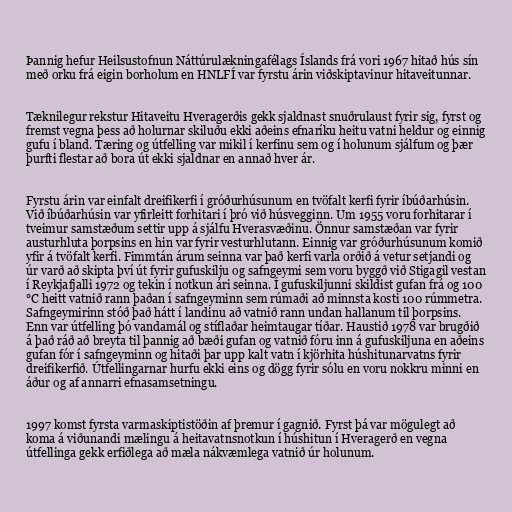
Þannig hefur Heilsustofnun Náttúrulækningafélags Íslands frá vori 1967 hitað hús sín
með orku frá eigin borholum en HNLFÍ var fyrstu árin viðskiptavinur hitaveitunnar.

Tæknilegur rekstur Hitaveitu Hveragerðis gekk sjaldnast snuðrulaust fyrir sig, fyrst og
fremst vegna þess að holurnar skiluðu ekki aðeins efnaríku heitu vatni heldur og einnig
gufu í bland. Tæring og útfelling var mikil í kerfinu sem og í holunum sjálfum og þær
þurfti flestar að bora út ekki sjaldnar en annað hver ár.

Fyrstu árin var einfalt dreifikerfi í gróðurhúsunum en tvöfalt kerfi fyrir íbúðarhúsin.
Við íbúðarhúsin var yfirleitt forhitari í þró við húsvegginn. Um 1955 voru forhitarar í
tveimur samstæðum settir upp á sjálfu Hverasvæðinu. Önnur samstæðan var fyrir
austurhluta þorpsins en hin var fyrir vesturhlutann. Einnig var gróðurhúsunum komið
yfir á tvöfalt kerfi. Fimmtán árum seinna var það kerfi varla orðið á vetur setjandi og
úr varð að skipta því út fyrir gufuskilju og safngeymi sem voru byggð við Stigagil vestan
í Reykjafjalli 1972 og tekin í notkun ári seinna. Í gufuskiljunni skildist gufan frá og 100
°C heitt vatnið rann þaðan í safngeyminn sem rúmaði að minnsta kosti 100 rúmmetra.
Safngeymirinn stóð það hátt í landinu að vatnið rann undan hallanum til þorpsins.
Enn var útfelling þó vandamál og stíflaðar heimtaugar tíðar. Haustið 1978 var brugðið
á það ráð að breyta til þannig að bæði gufan og vatnið fóru inn á gufuskiljuna en aðeins
gufan fór í safngeyminn og hitaði þar upp kalt vatn í kjörhita húshitunarvatns fyrir
dreifikerfið. Útfellingarnar hurfu ekki eins og dögg fyrir sólu en voru nokkru minni en
áður og af annarri efnasamsetningu.

1997 komst fyrsta varmaskiptistöðin af þremur í gagnið. Fyrst þá var mögulegt að
koma á viðunandi mælingu á heitavatnsnotkun í húshitun í Hveragerð en vegna
útfellinga gekk erfiðlega að mæla nákvæmlega vatnið úr holunum.